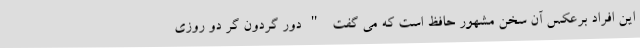
این افراد برعکس آن سخن مشهور حافظ است كه مي گفت "دور گردون گر دو روزی